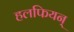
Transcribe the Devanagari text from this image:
हलफियन्